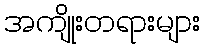
အကျိုးတရားများ